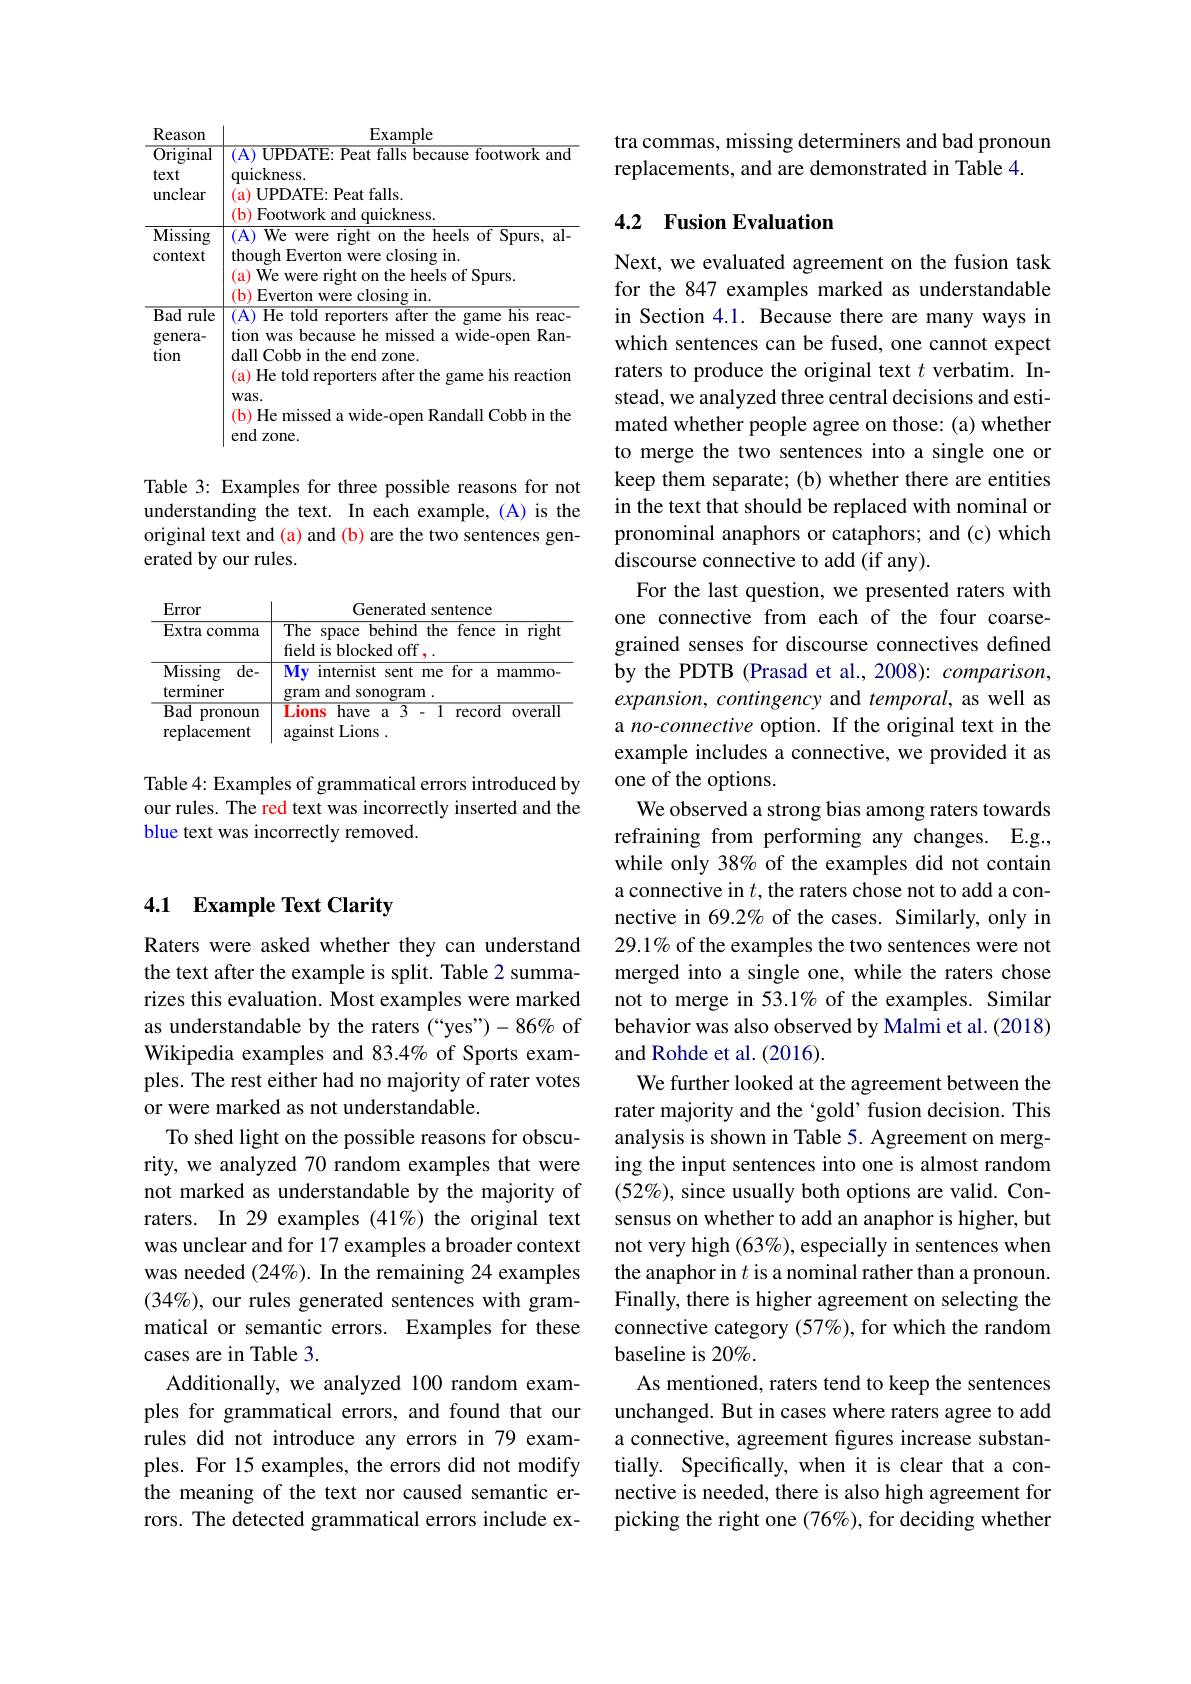
<table>
	<tbody>
		<tr>
			<th>Reason</th>
			<th>Example</th>
		</tr>
		<tr>
			<td>${\overline{{\mathrm{Original}}}}$ text unclear</td>
			<td>(A) UPDATE: Peat falls because footwork and quickness. (a) UPDATE: Peat falls. (b) Footwork and quickness</td>
		</tr>
		<tr>
			<td>$\overline{\text{Missing}}$ context</td>
			<td>(A) 1 We were right on the heels of Spurs, al- though Everton were closing in. (a) We were right on the heels of Spurs. (b) Everton were closing in</td>
		</tr>
		<tr>
			<td>Bad rule genera- tion</td>
			<td>(A) 1 He told reporters after the game his reac- tion was because he missed a wide-open Ran dall Cobb in the end zone. (a) He told reporters after the game his reaction $was.$ (b) He missed a wide-open Randall Cobb in the end zone.</td>
		</tr>
	</tbody>
</table>

Table 3: Examples for three possible reasons for not understanding the text. In each example, (A) is the original text and (a) and (b) are the two sentences generated by our rules.

<table>
	<tbody>
		<tr>
			<td>Error</td>
			<td>Generated sentence</td>
		</tr>
		<tr>
			<td>Extra comma</td>
			<td>The space behind the fence in right field is blocked off</td>
		</tr>
		<tr>
			<td>$\overline{\mathrm{Missing}}$ $de-$ terminer</td>
			<td>$\overline{M\mathbf{y}}$ internist sent me for a mammo- gram and sonogram 1</td>
		</tr>
		<tr>
			<td>$\overline{\mathrm{Bad}}$ pronoun replacement</td>
			<td>Lions have a 3- 1 record overall against Lions .</td>
		</tr>
	</tbody>
</table>

Table 4: Examples of grammatical errors introduced by our rules. The red text was incorrectly inserted and the blue text was incorrectly removed.

### 4.1 $\textbf{Example Text Clarity}$

Raters were asked whether they can understand the text after the example is split. Table 2 summarizes this evaluation. Most examples were marked as understandable by the raters (“yes”)-86% of Wikipedia examples and 83.4% of Sports examples. The rest either had no majority of rater votes or were marked as not understandable.
To shed light on the possible reasons for obscurity, we analyzed 70 random examples that were not marked as understandable by the majority of raters. In 29 examples (41%) the original text was unclear and for 17 examples a broader context was needed (24%). In the remaining 24 examples (34%), our rules generated sentences with grammatical or semantic errors. Examples for these cases are in Table 3.
Additionally, we analyzed 100 random examples for grammatical errors, and found that our rules did not introduce any errors in 79 examples. For 15 examples, the errors did not modify the meaning of the text nor caused semantic errors. The detected grammatical errors include ex-

tra commas, missing determiners and bad pronoun
replacements, and are demonstrated in Table 4.

## 4.2 Fusion Evaluation

Next, we evaluated agreement on the fusion task for the 847 examples marked as understandable in Section 4.1. Because there are many ways in which sentences can be fused, one cannot expect raters to produce the original text $t$ verbatim. Instead, we analyzed three central decisions and estimated whether people agree on those: (a) whether to merge the two sentences into a single one or keep them separate; (b) whether there are entities in the text that should be replaced with nominal or pronominal anaphors or cataphors; and (c) which discourse connective to add (if any).
For the last question, we presented raters with one connective from each of the four coarsegrained senses for discourse connectives defined by the PDTB (Prasad et al., 2008): comparison, expansion, contingency and temporal, as well as a no-connective option. If the original text in the example includes a connective, we provided it as one of the options.
We observed a strong bias among raters towards refraining from performing any changes. E.g., while only 38% of the examples did not contain a connective in $t$, the raters chose not to add a connective in 69.2% of the cases. Similarly, only in 29.1% of the examples the two sentences were not merged into a single one, while the raters chose not to merge in 53.1% of the examples. Similar behavior was also observed by Malmi et al. (2018) and Rohde et al. (2016).
We further looked at the agreement between the rater majority and the ‘gold’fusion decision. This analysis is shown in Table 5. Agreement on merging the input sentences into one is almost random $(52\%)$, since usually both options are valid. Consensus on whether to add an anaphor is higher, but not very high $(63\%)$,especially in sentences when the anaphor in $t$ is a nominal rather than a pronoun. Finally, there is higher agreement on selecting the connective category (57%), for which the random baseline is 20%.
As mentioned, raters tend to keep the sentences unchanged. But in cases where raters agree to add a connective, agreement figures increase substantially. Specifically, when it is clear that a connective is needed, there is also high agreement for picking the right one (76%), for deciding whether